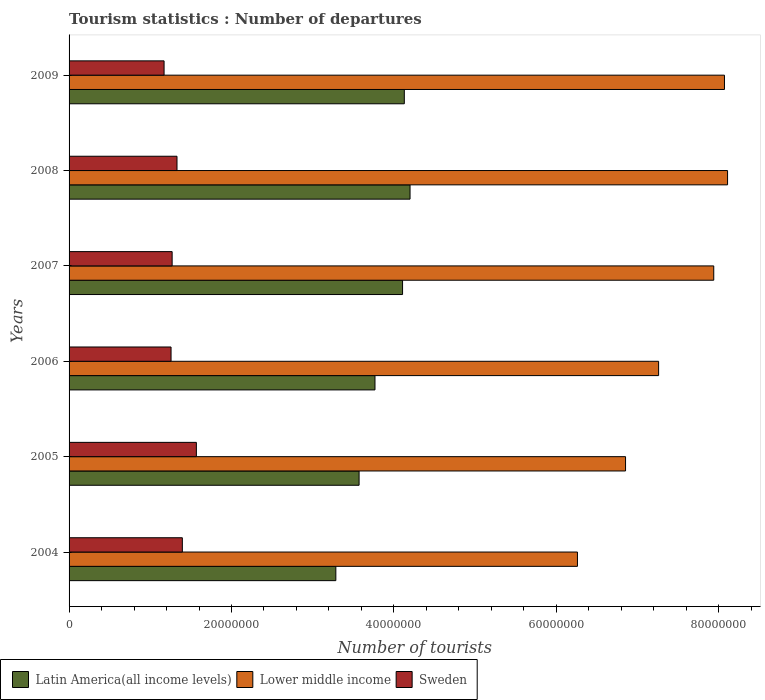
| Years | Latin America(all income levels) | Lower middle income | Sweden |
 | --- | --- | --- | --- |
 | 2004 | 3.29e+07 | 6.26e+07 | 1.4e+07 |
 | 2005 | 3.57e+07 | 6.85e+07 | 1.57e+07 |
 | 2006 | 3.77e+07 | 7.26e+07 | 1.26e+07 |
 | 2007 | 4.11e+07 | 7.94e+07 | 1.27e+07 |
 | 2008 | 4.2e+07 | 8.11e+07 | 1.33e+07 |
 | 2009 | 4.13e+07 | 8.07e+07 | 1.17e+07 |